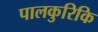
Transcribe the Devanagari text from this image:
पालकुरिकि